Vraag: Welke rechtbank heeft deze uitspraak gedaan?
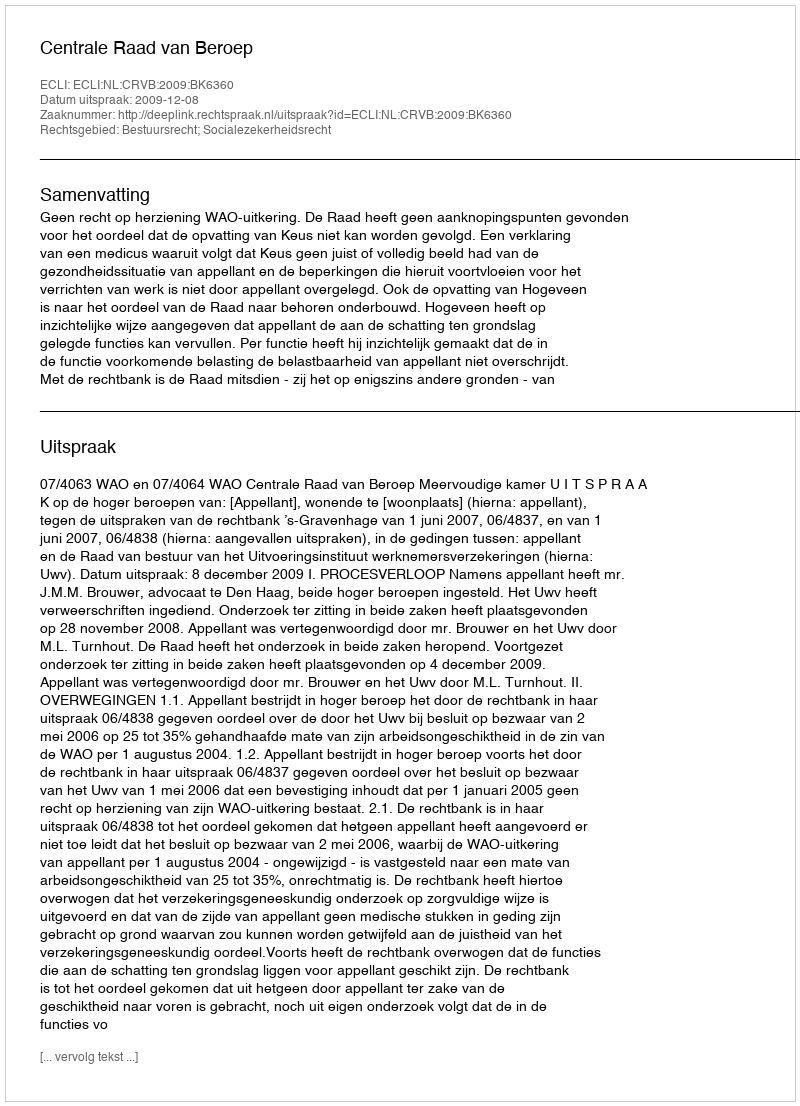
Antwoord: Centrale Raad van Beroep